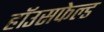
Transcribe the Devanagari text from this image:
हॉउसफेल्ड